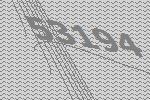
53194